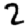
Digit: 2